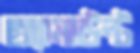
অ্যামাউন্ট